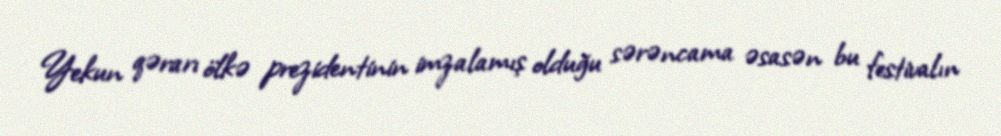
Yekun qərarı ölkə prezidentinin imzalamış olduğu sərəncama əsasən bu festivalın